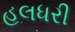
હલધરી